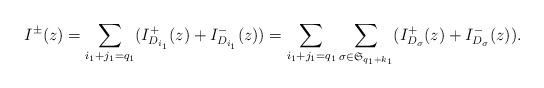
LaTeX: \begin{align*}I^{\pm}(z)&=\sum_{i_1+j_1=q_1}(I_{D_{i_1}}^+(z)+I_{D_{i_1}}^-(z))=\sum_{i_1+j_1=q_1}\sum_{\sigma\in \mathfrak{S}_{q_1+k_1}}(I_{D_\sigma}^+(z)+I_{D_{\sigma}}^-(z)). \end{align*}